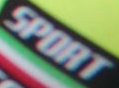
SPORT